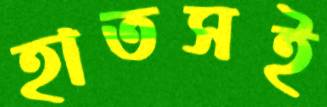
হাতসই